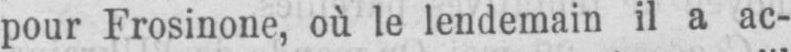
pour Frosinone, où le lendemain il a ac-